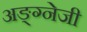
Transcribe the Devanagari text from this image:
अङ्ग्नेजी